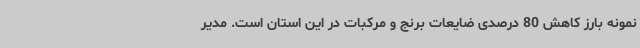
نمونه بارز کاهش 80 درصدی ضایعات برنج و مرکبات در این استان است. مدیر